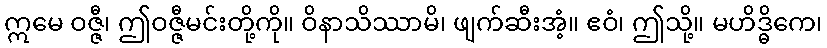
ဣမေ ဝဇ္ဇီ၊ ဤဝဇ္ဇီမင်းတို့ကို။ ဝိနာသိဿာမိ၊ ဖျက်ဆီးအံ့။ ဧဝံ၊ ဤသို့။ မဟိဒ္ဓိကေ၊